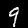
Label: 9